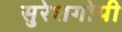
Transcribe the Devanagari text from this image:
सुरेशगोपी